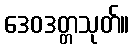
ဒေဝဒတ္တသုတ်။